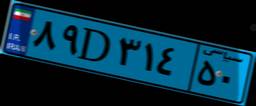
۸۹D۳۱۴۵۰